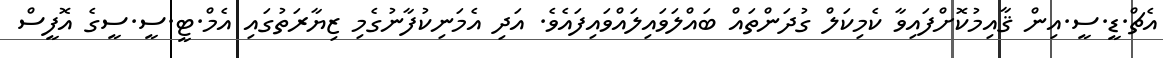
އެޗް.ޑީ.ސީ.އިން ޤާއިމުކޮށްފައިވާ ކެމިކަލް ގުދަންތައް ބައްލަވައިލައްވައިފައެވެ. އަދި އެމަނިކުފާނުގެމި ޒިޔާރަތުގައި އެމް.ޓީ.ސީ.ސީގެ އޮފީސް